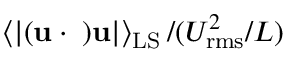
\left\langle \lvert ( { \bf u \cdot \nabla } ) { \bf u } \rvert \right\rangle _ { \mathrm { L S } } / ( U _ { \mathrm { r m s } } ^ { 2 } / L )